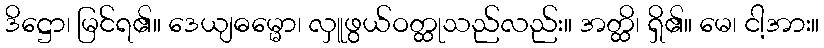
ဒိဋ္ဌော၊ မြင်ရ၏။ ဒေယျဓမ္မော၊ လှူဖွယ်ဝတ္ထုသည်လည်း။ အတ္ထိ၊ ရှိ၏။ မေ၊ ငါ့အား။